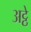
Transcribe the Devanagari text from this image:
अट्ठे